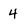
Character: 4